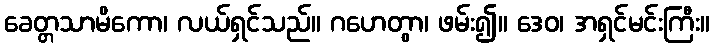
ခေတ္တသာမိကော၊ လယ်ရှင်သည်။ ဂဟေတွာ၊ ဖမ်း၍။ ဒေဝ၊ အရှင်မင်းကြီး။